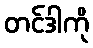
တင်ဒါကို